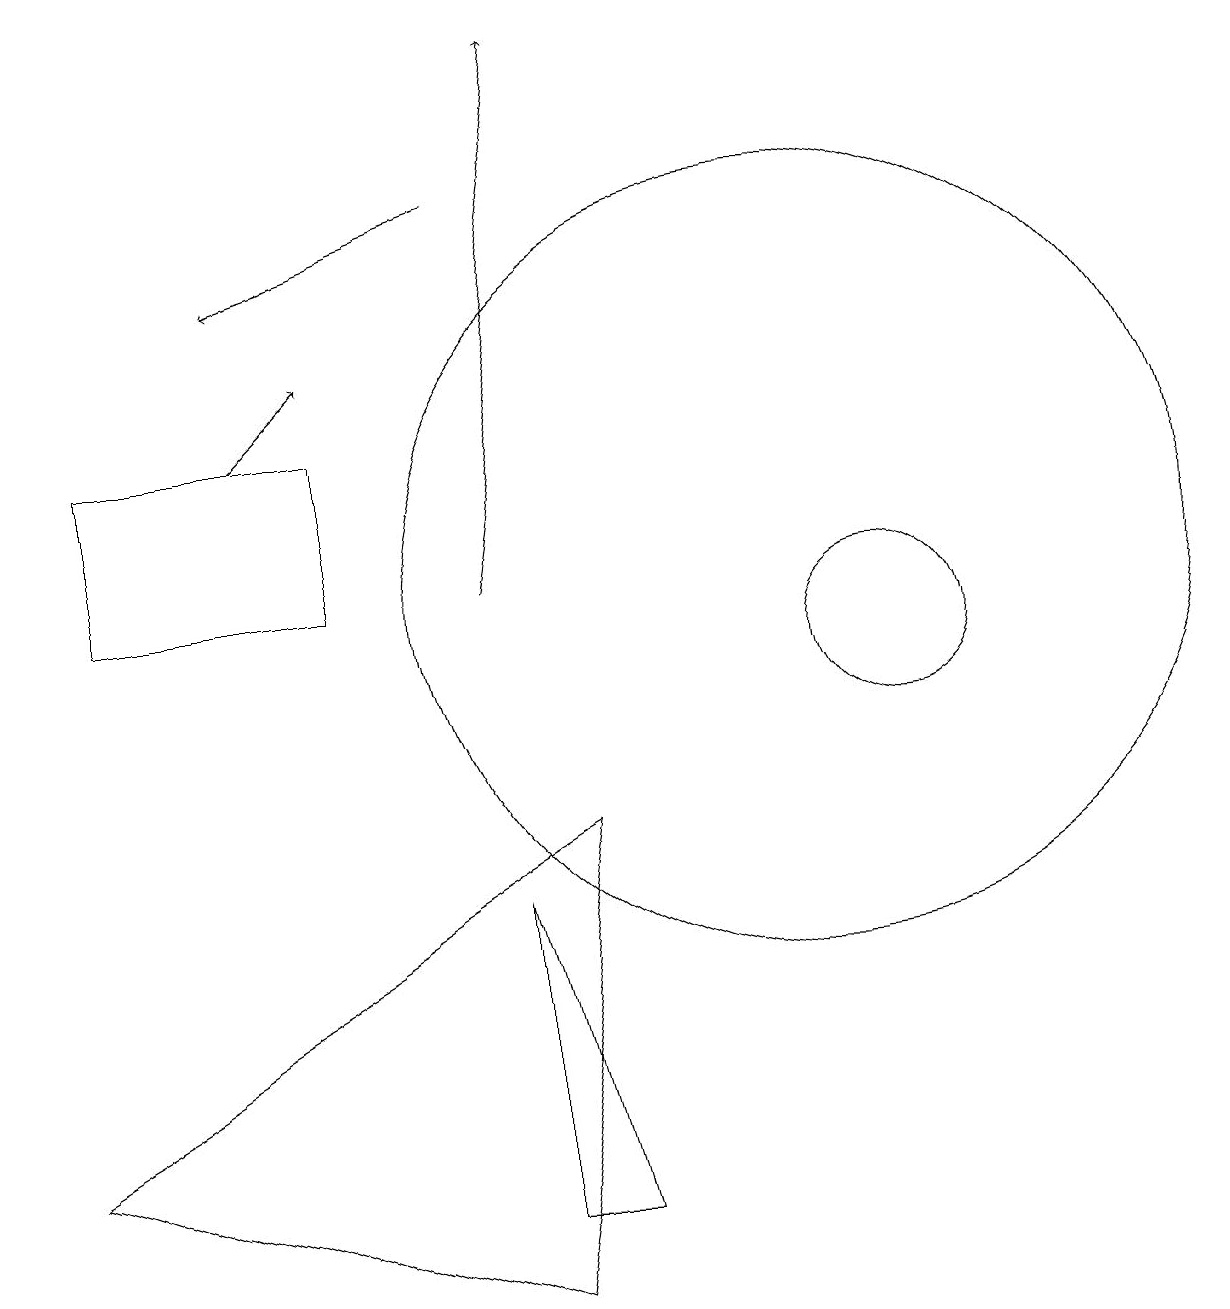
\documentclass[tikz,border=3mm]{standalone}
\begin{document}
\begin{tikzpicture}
\draw (11,10) circle (1);
\draw[->] (3,13) -- (4,14);
\draw (0,4) -- (7,8) -- (6,2) -- cycle;
\draw (1,13) rectangle (4,11);
\draw[->] (6,16) -- (3,15);
\draw (10,11) circle (5);
\draw[->] (6,11) -- (7,18);
\draw (6,7) -- (7,3) -- (6,3) -- cycle;
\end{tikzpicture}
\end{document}